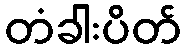
တံခါးပိတ်